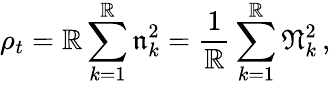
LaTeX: \rho_{t}=\mathbb{R}\sum_{k=1}^{\mathbb{R}}\mathfrak{{n}}_{k}^{2}=\frac{1}{\mathbb{R}}\sum_{k=1}^{\mathbb{R}}\mathfrak{{N}}_{k}^{2}\, ,